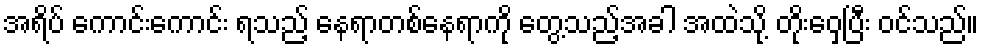
အရိပ် ကောင်းကောင်း ရသည့် နေရာတစ်နေရာကို တွေ့သည့်အခါ အထဲသို့ တိုးဝှေ့ပြီး ဝင်သည်။